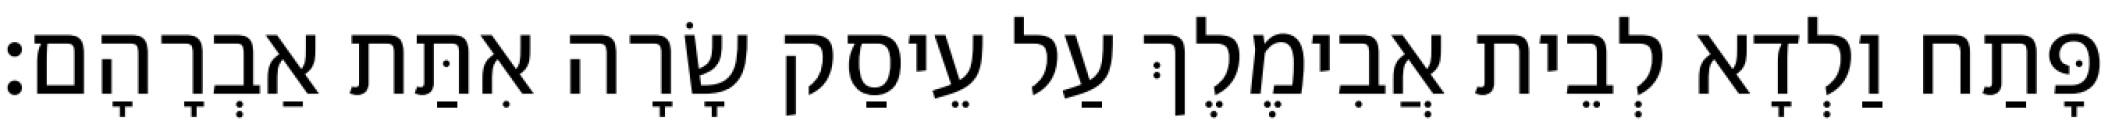
פָּתַח וַלְדָא לְבֵית אֲבִימֶלֶךְ עַל עֵיסַק שָׂרָה אִתַּת אַבְרָהָם׃